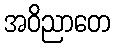
အဝိညာတေ